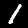
Digit: 1